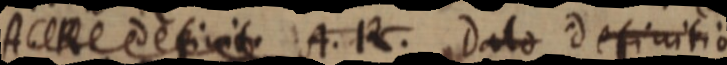
A. R definito A. R. Dato definitio